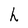
Character: h